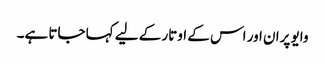
وایو پران اور اس کے اوتار کے لیے کہا جاتا ہے۔